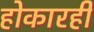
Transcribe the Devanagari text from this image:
होकारही